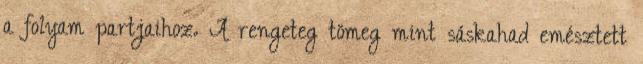
a folyam partjaihoz. A rengeteg tömeg mint sáskahad emésztett